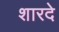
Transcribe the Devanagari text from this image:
शारदे